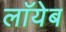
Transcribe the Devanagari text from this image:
लाॅयेब